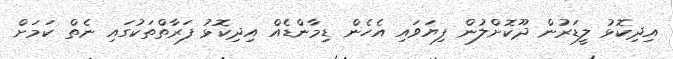
އިދިކޮޅު ލީޑަރުން ދޫކޮށްލުން ފިޔަވައި އެހެން ޑިމާންޑެއް އިދިކޮޅު ފަރާތްތަކުގައި ނެތް ކަމަށް